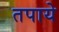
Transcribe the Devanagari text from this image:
तपाये